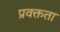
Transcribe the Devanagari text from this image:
प्रवक्तता